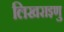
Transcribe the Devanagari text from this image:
लिखराइणु